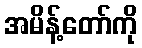
အမိန့်တော်ကို